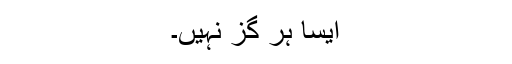
ایسا ہر گز نہیں۔